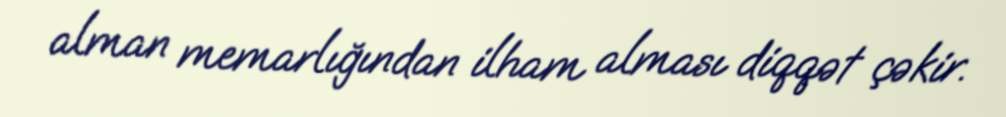
alman memarlığından ilham alması diqqət çəkir.